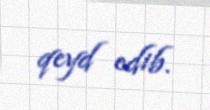
qeyd edib.